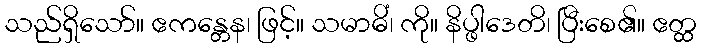
သည်ရှိသော်။ ဧကန္တေန၊ ဖြင့်။ သမာဓိံ၊ ကို။ နိပ္ဖါဒေတိ၊ ပြီးစေ၏။ ဧတ္ထ